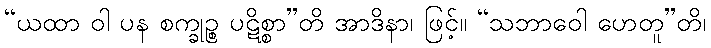
“ယထာ ဝါ ပန စက္ခုဉ္စ ပဋိစ္စာ”တိ အာဒိနာ၊ ဖြင့်။ “သဘာဝေါ ဟေတူ”တိ၊